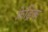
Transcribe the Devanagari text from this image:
फ़ेड्रिक